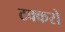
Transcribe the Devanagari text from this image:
टक्करो